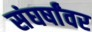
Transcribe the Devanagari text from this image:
संघर्षांवर